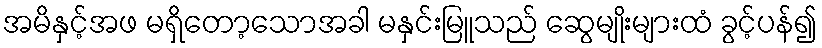
အမိနှင့်အဖ မရှိတော့သောအခါ မနှင်းမြူသည် ဆွေမျိုးများထံ ခွင့်ပန်၍